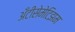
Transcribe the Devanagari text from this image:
अँटीसेमेटिझम